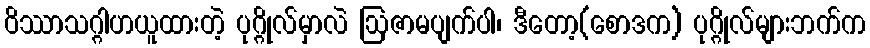
ဝိဿာသဂ္ဂါဟယူထားတဲ့ ပုဂ္ဂိုလ်မှာလဲ ဩဇာမပျက်ပါ၊ ဒီတော့(စောဒက) ပုဂ္ဂိုလ်များဘက်က